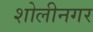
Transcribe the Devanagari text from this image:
शोलीनगर